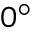
0 ^ { \circ }